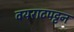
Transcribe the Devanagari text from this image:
वयराटपट्टन